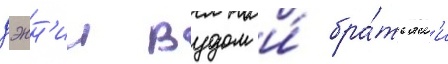
дэнн'и вудом и́ бра́тьям'и